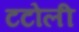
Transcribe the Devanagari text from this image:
टटोली